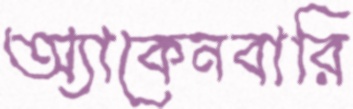
অ্যাকেনবারি